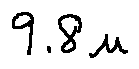
9 . 8 u